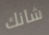
شانك